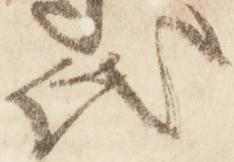
氏